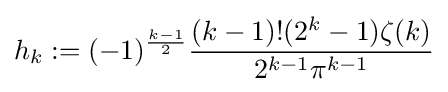
h_{k}:=(-1)^{\frac {k-1}{2}}{\frac {(k-1)!(2^{k}-1)\zeta (k)}{2^{k-1}\pi ^{k-1}}}